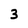
Character: 3